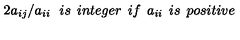
2 a _ { i j } / a _ { i i } \: \: \: i s \: \: i n t e g e r \: \: i f \: \: a _ { i i } \: \: i s \: \: p o s i t i v e